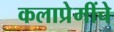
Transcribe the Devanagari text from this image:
कलाप्रेमींचे